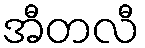
အီတလီ